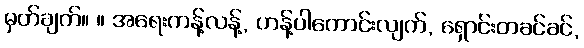
မှတ်ချက်။ ။ အရေးကန့်လန့်, ဟန့်ပါကောင်းလျက်, ရှောင်းတခင်ခင်,